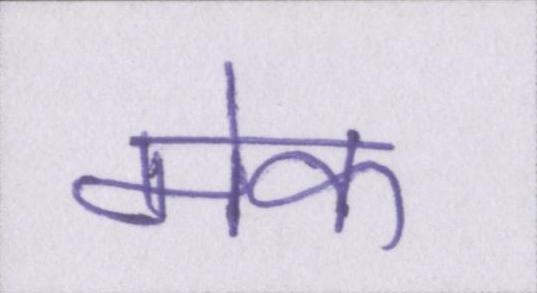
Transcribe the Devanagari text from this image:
मेक